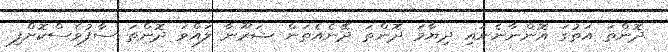
ދޮންތަ އަތުގަ އޮންނާނެނައި ދިޔާމަ ދޮންތަ ދޭނެއެތަން ޝަރޫނާ ލައްވަ ދޮންތަ ސާފުވެސްކޮށްފި